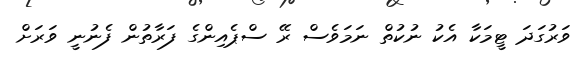
ވަރުގަދަ ޓީމަކާ އެކު ނުކުތް ނަމަވެސް ރޭ ސްޕެއިންގެ ފަރާތުން ފެނުނީ ވަރަށް